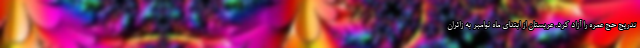
‌تدریج حج عمره را آزاد کرد. عربستان از ابتدای ماه نوامبر به زائران